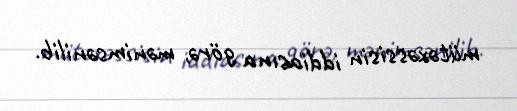
mütəxəssisin iddiasına görə, mənimsənilib.